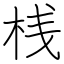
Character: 桟